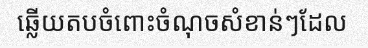
ឆ្លើយតបចំពោះចំណុចសំខាន់ៗដែល